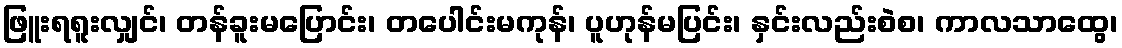
ဖြူးရရူးလျှင်၊ တန်ခူးမပြောင်း၊ တပေါင်းမကုန်၊ ပူဟုန်မပြင်း၊ နှင်းလည်းစဲစ၊ ကာလသာထွေ၊